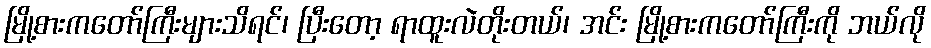
မြို့စားကတော်ကြီးများသိရင်၊ ပြီးတော့ ရာထူးလဲတိုးတယ်၊ အင်း မြို့စားကတော်ကြီးကို ဘယ်လို